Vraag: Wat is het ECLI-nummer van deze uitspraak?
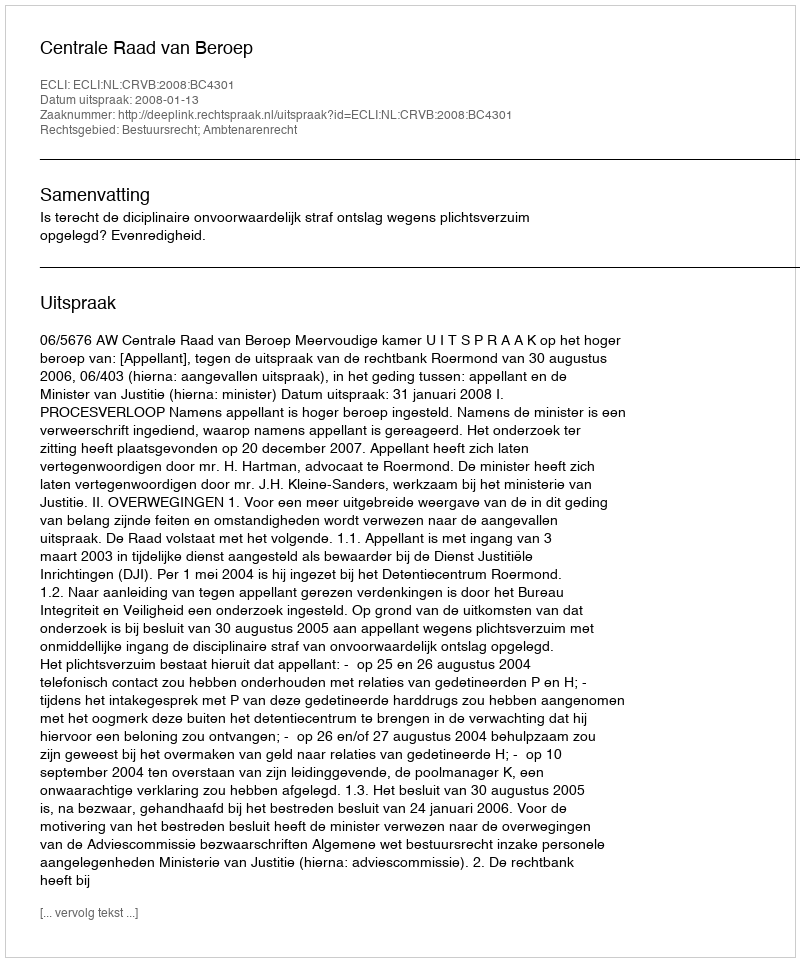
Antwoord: ECLI:NL:CRVB:2008:BC4301